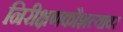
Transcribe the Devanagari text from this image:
निरीक्षणकौशल्यावर